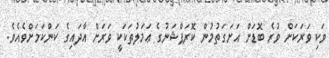
ވަކި ވަރަކަށް ވުރެ ބޮޑަށް އަށަގަތުމުން ކޮރަޕްޝަނުގެ ޢަމަލުތަކަކީ ވަރަށް އާދައިގެ ކަންކަމަށްވެއެވެ.